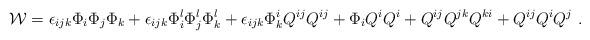
LaTeX: \begin{align*}{\cal W}=\epsilon_{ijk}\Phi_i\Phi_j\Phi_k + \epsilon_{ijk}\Phi^l_i\Phi^l_j\Phi^l_k + \epsilon_{ijk}\Phi^i_k Q^{ij} Q^{ij} + \Phi_i Q^i Q^i+ Q^{ij} Q^{jk} Q^{ki} + Q^{ij} Q^i Q^j~.\end{align*}